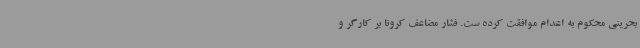
بحرینی محکوم به اعدام موافقت کرده ست. فشار مضاعف کرونا بر کارگر و